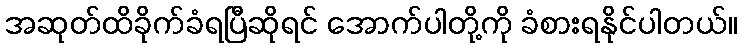
အဆုတ်ထိခိုက်ခံရပြီဆိုရင် အောက်ပါတို့ကို ခံစားရနိုင်ပါတယ်။